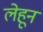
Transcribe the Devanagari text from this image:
लेहून